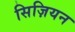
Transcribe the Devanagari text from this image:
सिज़ियन